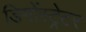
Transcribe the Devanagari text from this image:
डिमोंस्ट्रेटर